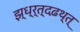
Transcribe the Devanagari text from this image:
झ्ध्र्त्दढ़थ्त्